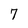
Character: 7